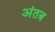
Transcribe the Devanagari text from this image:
अंतत्र